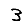
Digit: 3